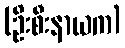
(ဦးစီးနာယက)